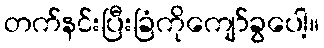
တက်နင်းပြီးခြံကိုကျော်ခွပေါ့။